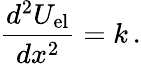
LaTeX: {\frac{d^{2}U_{\mathrm{el}}}{dx^{2}}}=k\, .